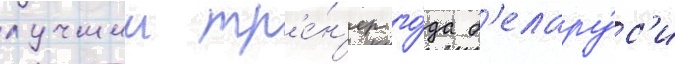
лучшии тр'е́н'ер го́да б'елару́с'и